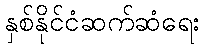
နှစ်နိုင်ငံဆက်ဆံရေး